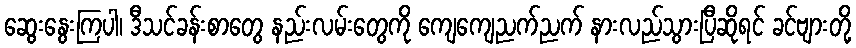
ဆွေးနွေးကြပါ၊ ဒီသင်ခန်းစာတွေ နည်းလမ်းတွေကို ကျေကျေညက်ညက် နားလည်သွားပြီဆိုရင် ခင်ဗျားတို့